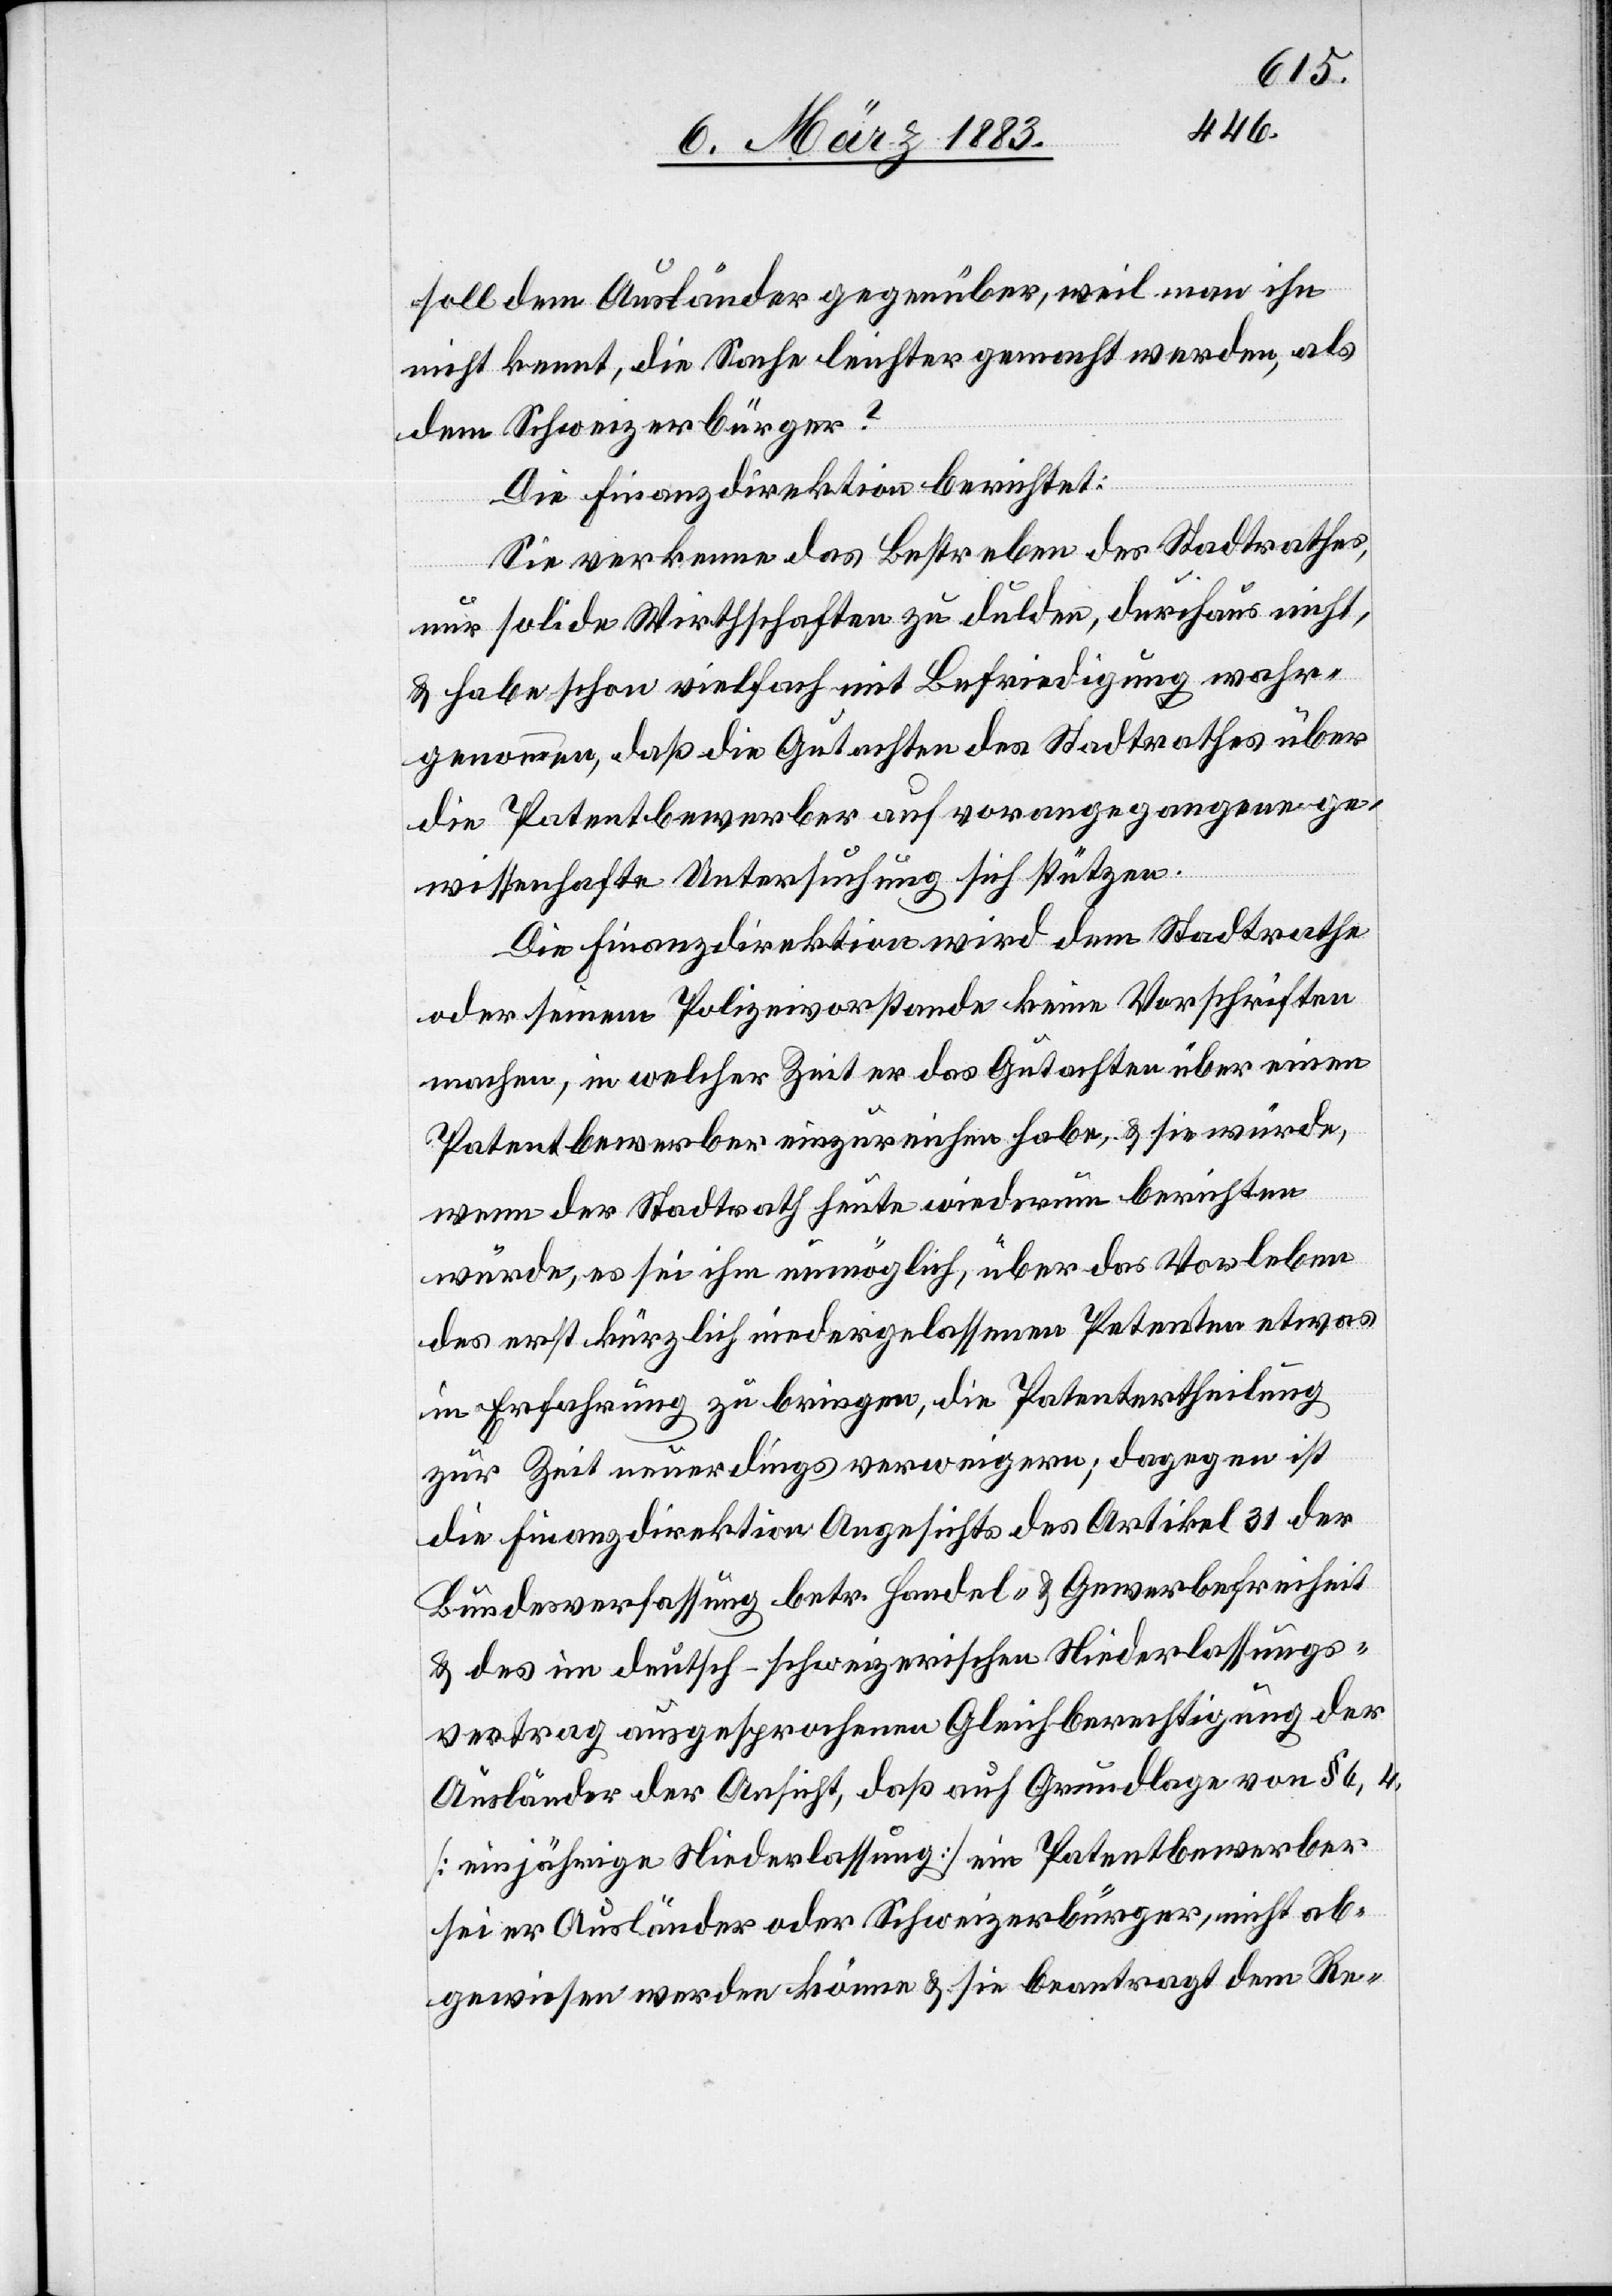
soll dem Ausländer gegenüber, weil man ihn
nicht kennt, die Sache leichter gemacht werden, als
dem Schweizerbürger?
Die Finanzdirektion berichtet:
Sie verkenne das Bestreben des Stadtrathes,
nur solide Wirthschaften zu dulden, durchaus nicht,
& habe schon vielfach mit Befriedigung wahr¬
genommen, daß die Gutachten des Stadtrathes über
die Patentbewerber auf vorangegangene ge¬
[rect¬
wissenhafte Untersuchung sich stützen.
Die Finanzdirektion wird dem Stadtrathe
oder seinem Polizeivorstande keine Vorschriften
machen, in welcher Zeit er das Gutachten über einen
Patentbewerber einzureichen habe, & sie würde,
wenn der Stadtrath heute wiederum berichten
würde, es sei ihm unmöglich, über das Vorleben
des erst kürzlich niedergelassenen Petenten etwas
in Erfahrung zu bringen, die Patentertheilung
zur Zeit neuerdings verweigern; dagegen ist
die Finanzdirektion Angesichts des Artikel 31 der
Bundesverfassung betr. Handel- & Gewerbefreiheit
e: der] im deutsch-schweizerischen Niederlassungs¬
vertrag ausgesprochenen Gleichberechtigung der
Ausländer der Ansicht, daß auf Grundlage von § 6, 4,
[einjährige Niederlassung] ein Patentbewerber
sei er Ausländer oder Schweizerbürger, nicht ab¬
gewiesen werden könne & sie beantragt dem Re-